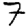
Digit: 7